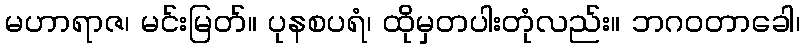
မဟာရာဇ၊ မင်းမြတ်။ ပုနစပရံ၊ ထိုမှတပါးတုံလည်း။ ဘဂဝတာခေါ၊